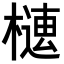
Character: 𣚢